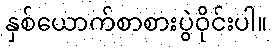
နှစ်ယောက်စာစားပွဲဝိုင်းပါ။